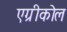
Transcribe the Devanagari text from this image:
एग्रीकोल